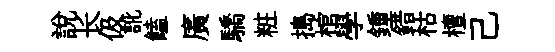
説长伋訛饁廣驕粧搗棺學鍾錯枯檀己